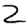
Digit: 2